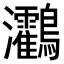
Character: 𪈯